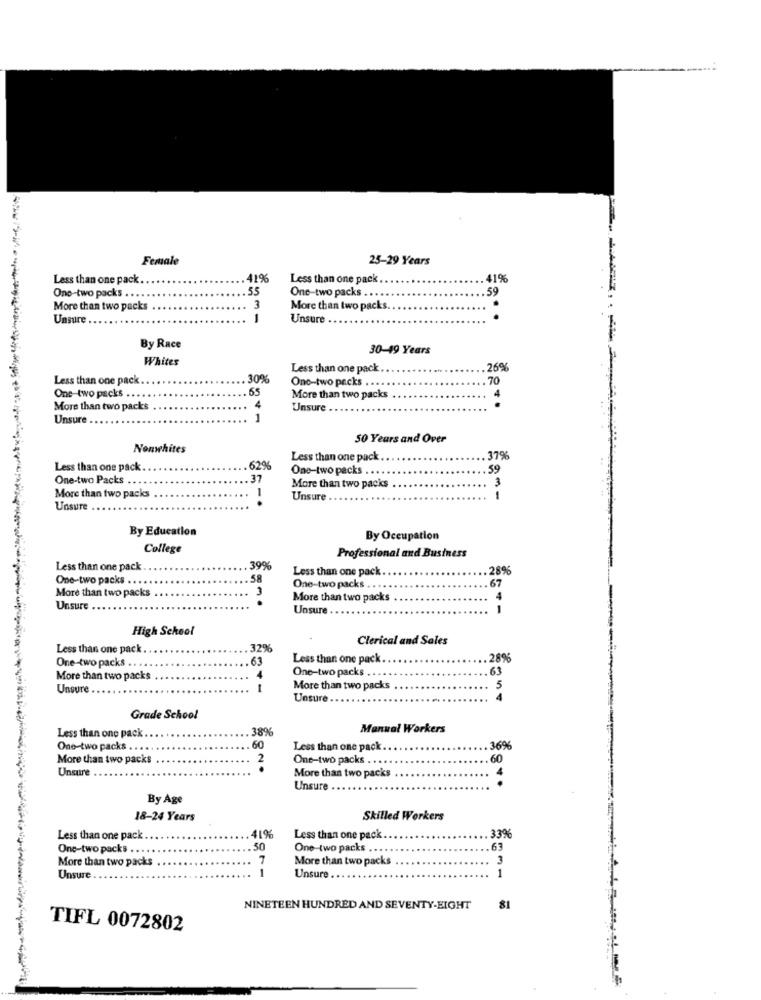
Female
25-29 Years
Less than one pack.
419
Less than one pack
.41%
One-two packs . .
55
One-two packs ..
59
More than two packs
3
More than two packs.
Unsure
1
Unsure
By Race
30-49 Years
Whites
Less than one pack
6%
Less than one pack
30%
One-two packs
70
.55
One-two packs ..
More than two packs
4
More than two packs
.
4
Unsure
Unsure
.
1
50 Years and Over
Nonwhites
Less than one pack
37%
Less than one pack.
62%
One-two packs ..
59
One-two Packs .
37
3
More than two packs
More than two packs
1
.
Unsure
1
Unsure
By Education
By Occupation
College
Professional and Business
Less than one pack
399
Less than one pack
.2896
One-two packs ..
.58
67
3
One-two packs ..
More than two packs
More than two packs
4
Unsure .
Unsure.
1
High School
Clerical and Sales
Less than one pack
32%
One-two packs
63
Less than one pack.
.28%
One-two packs
63
More than two packs
4
Unsure
More than two packs
5
Unsure
Grade School
38%
Manual Workers
Less than one pack.
One-two packs .
60
Less than one pack
36%
More than two packs
One-two packs .
60
Unsure
2.
4
More than two packs
Unsure
By Age
18-24 Years
Skilled Workers
Less than one pack
41%
Less than one pack
33%
One-two packs ..
50
One-two packs
63
More than two packs
7
More than two packs
3
1
Unsure ..
1
Unsure
NINETEEN HUNDRED AND SEVENTY-EIGHT
81
TIFL 0072802